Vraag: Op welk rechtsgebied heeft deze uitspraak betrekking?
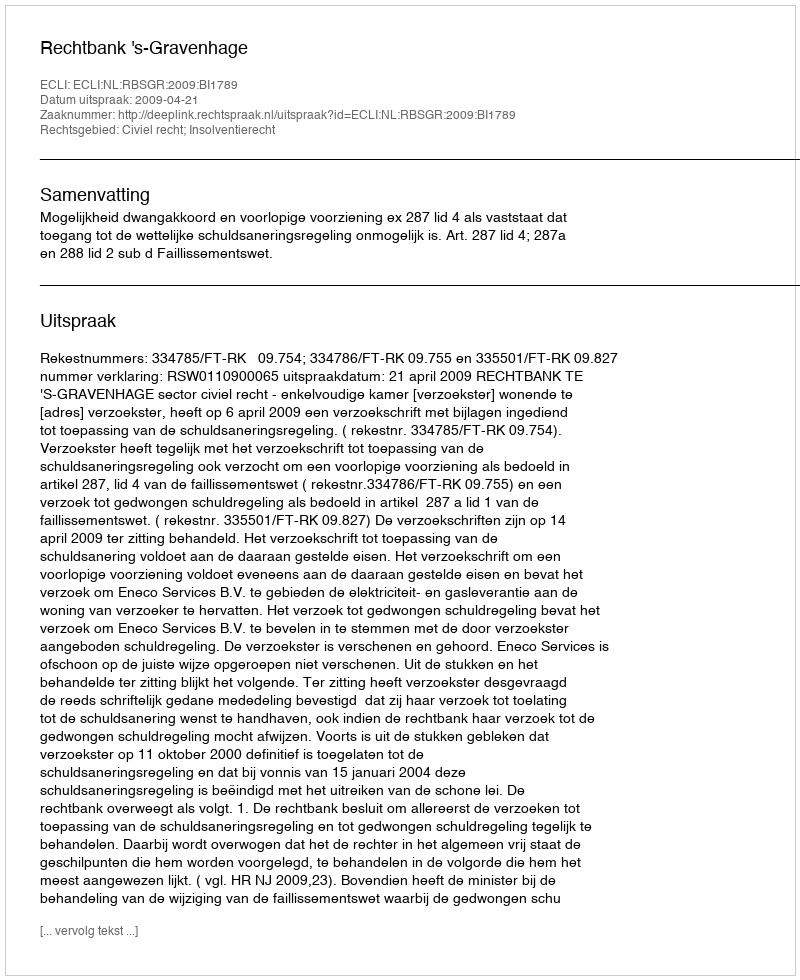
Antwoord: Civiel recht; Insolventierecht